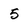
Character: 5